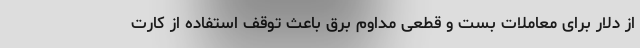
از دلار برای معاملات بست و قطعی مداوم برق باعث توقف استفاده از کارت